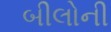
બીલોની